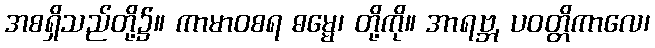
အစရှိသည်တို့၌။ ကာမာဝစရ ဓမ္မေ၊ တို့ကို။ အာရဗ္ဘ, ပဝတ္တိကာလေ၊